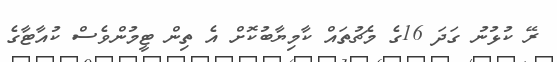
ރޭ ކުޅުނު ގަދަ 16ގެ މެޗުތައް ކާމިޔާބުކޮށް އެ ތިން ޓީމުންވެސް ކުއާޓާގެ